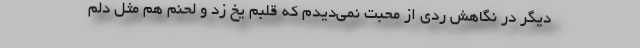
دیگر در نگاهش ردّی از محبت نمی‌دیدم که قلبم یخ زد و لحنم هم مثل دلم